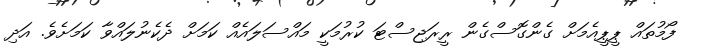
ފޯމުތައް ޕީޕީއެމަށް ގެންގޮސްގެން ރީރަޖިސްޓަ ކުރުމަކީ މައްސަލައެއް ކަމަށް ދެކެނުލައްވާ ކަމަށެވެ. އަދި